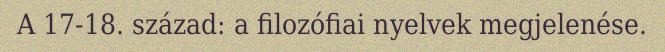
A 17-18. század: a filozófiai nyelvek megjelenése.